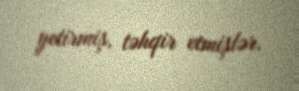
yetirmiş, təhqir etmişlər.